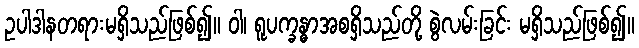
ဥပါဒါနတရားမရှိသည်ဖြစ်၍။ ဝါ၊ ရူပက္ခန္ဓာအစရှိသည်တို့ စွဲလမ်းခြင်း မရှိသည်ဖြစ်၍။